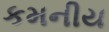
કમનીય